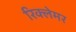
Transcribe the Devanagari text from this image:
रिक्लेमर